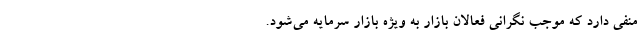
منفی دارد که موجب نگرانی فعالان بازار به ویژه بازار سرمایه می‌شود.